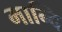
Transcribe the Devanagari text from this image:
मान्दि